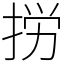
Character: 𢭐